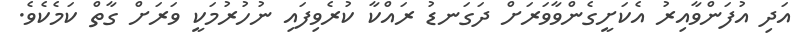
އަދި އުފަންވާއިރު އެކަށީގެންވާވަރަށް ދަގަނޑު ރައްކާ ކުރެވިފައި ނުހުރުމަކީ ވަރަށް ގާތް ކަމެކެވެ.